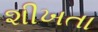
શીખતા